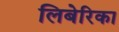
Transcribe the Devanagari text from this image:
लिबेरिका